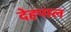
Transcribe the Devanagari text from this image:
देहपाल